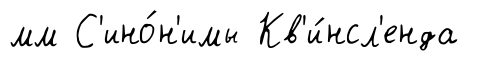
мм С'ино́н'имы Кв'и́нсл'енда